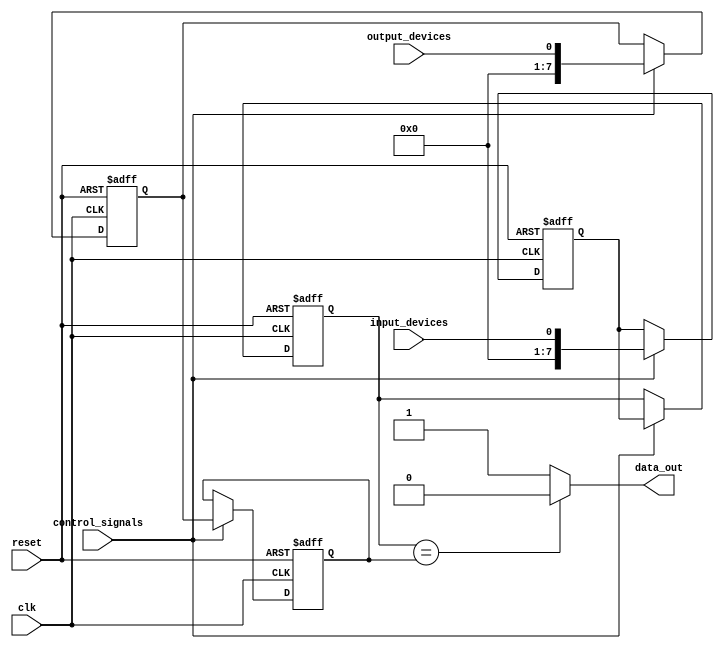
module IO_Block_Bus_Switch (
    input wire clk,
    input wire reset,
    input wire control_signals,
    input wire input_devices,
    input wire output_devices,
    output wire data_out
);

// Define input and output ports
reg [7:0] input_ports;
reg [7:0] output_ports;

// Define flip-flops to store selected connections
reg [7:0] selected_input;
reg [7:0] selected_output;

// Control logic to update routing configuration
always @(posedge clk or posedge reset) begin
    if (reset) begin
        input_ports <= 8'b00000000;
        output_ports <= 8'b00000000;
        selected_input <= 8'b00000000;
        selected_output <= 8'b00000000;
    end else begin
        if (control_signals) begin
            input_ports <= input_devices;
            output_ports <= output_devices;
            selected_input <= input_ports;
            selected_output <= output_ports;
        end
    end
end

// Multiplexers to select input and output ports
assign data_out = (selected_input == selected_output) ? 1'b0 : 1'b1;

endmodule